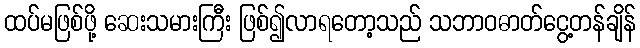
ထပ်မဖြစ်ဖို့ ဆေးသမားကြီး ဖြစ်၍လာရတော့သည် သဘာဝဓာတ်ငွေ့တန်ချိန်